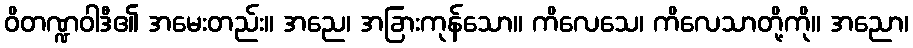
ဝိတဏ္ဍဝါဒီ၏ အမေးတည်း။ အညေ၊ အခြားကုန်သော။ ကိလေသေ၊ ကိလေသာတို့ကို။ အညော၊